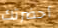
أحضرتك